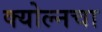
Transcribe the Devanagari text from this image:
क्योल्नचा